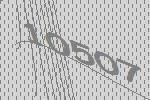
10507